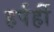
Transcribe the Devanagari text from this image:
हर्पर्ही